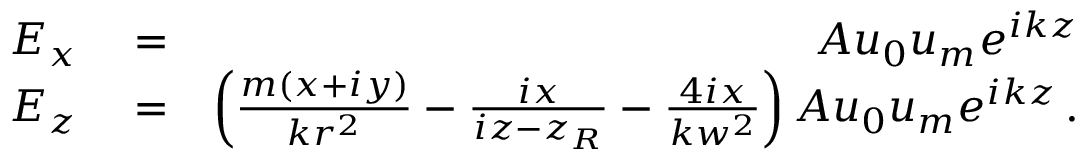
\begin{array} { r l r } { E _ { x } } & { { } = } & { A u _ { 0 } u _ { m } e ^ { i k z } } \\ { E _ { z } } & { { } = } & { \left( \frac { m ( x + i y ) } { k r ^ { 2 } } - \frac { i x } { i z - z _ { R } } - \frac { 4 i x } { k w ^ { 2 } } \right) A u _ { 0 } u _ { m } e ^ { i k z } \, . } \end{array}